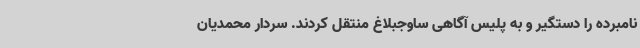
نامبرده را دستگیر و به پلیس آگاهی ساوجبلاغ منتقل کردند. سردار محمدیان